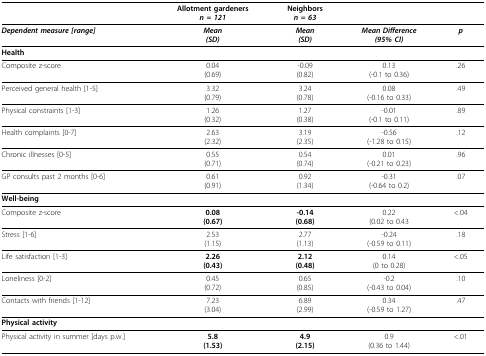
<table><thead><tr><td></td><td><b>Allotment gardeners <i>n = 121</i></b></td><td><b>Neighbors <i>n = 63</i></b></td><td colspan="2"></td></tr></thead><tbody><tr><td><b><i>Dependent measure [range]</i></b></td><td><b><i>Mean</i></b><b><i>(SD)</i></b></td><td><b><i>Mean</i></b><b><i>(SD)</i></b></td><td><b><i>Mean Difference</i></b><b><i>(95% CI)</i></b></td><td><b><i>p</i></b></td></tr><tr><td><b>Health</b></td><td></td><td></td><td></td><td></td></tr><tr><td>Composite z-score</td><td>0.04(0.69)</td><td>-0.09(0.82)</td><td>0.13(-0.1 to 0.36)</td><td>.26</td></tr><tr><td>Perceived general health [1-5]</td><td>3.32(0.79)</td><td>3.24(0.78)</td><td>0.08(-0.16 to 0.33)</td><td>.49</td></tr><tr><td>Physical constraints [1-3]</td><td>1.26(0.32)</td><td>1.27(0.38)</td><td>-0.01(-0.1 to 0.11)</td><td>.89</td></tr><tr><td>Health complaints [0-7]</td><td>2.63(2.32)</td><td>3.19(2.35)</td><td>-0.56(-1.28 to 0.15)</td><td>.12</td></tr><tr><td>Chronic illnesses [0-5]</td><td>0.55(0.71)</td><td>0.54(0.74)</td><td>0.01(-0.21 to 0.23)</td><td>.96</td></tr><tr><td>GP consults past 2 months [0-6]</td><td>0.61(0.91)</td><td>0.92(1.34)</td><td>-0.31(-0.64 to 0.2)</td><td>.07</td></tr><tr><td><b>Well-being</b></td><td></td><td></td><td></td><td></td></tr><tr><td>Composite z-score</td><td><b>0.08</b><b>(0.67)</b></td><td><b>-0.14</b><b>(0.68)</b></td><td>0.22(0.02 to 0.43</td><td>&lt; .04</td></tr><tr><td>Stress [1-6]</td><td>2.53(1.15)</td><td>2.77(1.13)</td><td>-0.24(-0.59 to 0.11)</td><td>.18</td></tr><tr><td>Life satisfaction [1-3]</td><td><b>2.26</b><b>(0.43)</b></td><td><b>2.12</b><b>(0.48)</b></td><td>0.14(0 to 0.28)</td><td>&lt; .05</td></tr><tr><td>Loneliness [0-2]</td><td>0.45(0.72)</td><td>0.65(0.85)</td><td>-0.2(-0.43 to 0.04)</td><td>.10</td></tr><tr><td>Contacts with friends [1-12]</td><td>7.23(3.04)</td><td>6.89(2.99)</td><td>0.34(-0.59 to 1.27)</td><td>.47</td></tr><tr><td><b>Physical activity</b></td><td></td><td></td><td></td><td></td></tr><tr><td>Physical activity in summer [days p.w.]</td><td><b>5.8</b><b>(1.53)</b></td><td><b>4.9</b><b>(2.15)</b></td><td>0.9(0.36 to 1.44)</td><td>&lt; .01</td></tr></tbody></table>